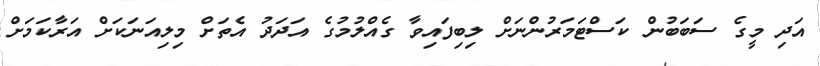
އަދި މީގެ ސަބަބުން ކަސްޓަމަރުންނަށް ލިބިފައިވާ ގެއްލުމުގެ އަދަދު އެތަށް މިލިއަނަކަށް އަރާކަމަށް